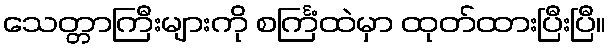
သေတ္တာကြီးများကို စင်္ကြံထဲမှာ ထုတ်ထားပြီးပြီ။